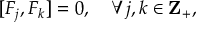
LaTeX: [ F _ { j } , F _ { k } ] = 0 , \quad \forall j , k \in { \bf Z } _ { + } ,